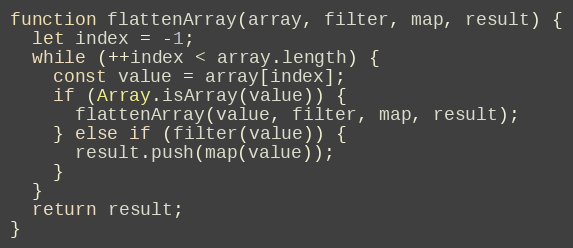
Language: JavaScript
function flattenArray(array, filter, map, result) {
  let index = -1;
  while (++index < array.length) {
    const value = array[index];
    if (Array.isArray(value)) {
      flattenArray(value, filter, map, result);
    } else if (filter(value)) {
      result.push(map(value));
    }
  }
  return result;
}